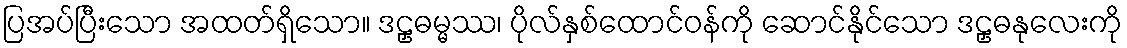
ပြအပ်ပြီးသော အထတ်ရှိသော။ ဒဠှဓမ္မဿ၊ ပိုလ်နှစ်ထောင်ဝန်ကို ဆောင်နိုင်သော ဒဠှဓနုလေးကို